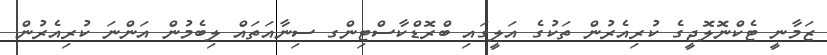
ޒަމާނީ ޓެކްނޮލޮޖީގެ ކުރިއެރުން ތަކުގެ އަލީގައި ބްރޮޑްކާސްޓިންގ ސިނާއަތައް ލިބެމުން އަންނަ ކުރިއެރުން